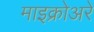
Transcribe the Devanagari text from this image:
माइक्रोअरे